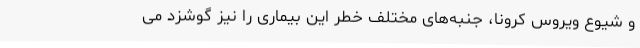
و شیوع ویروس کرونا، جنبه‌های مختلف خطر این بیماری را نیز گوشزد می